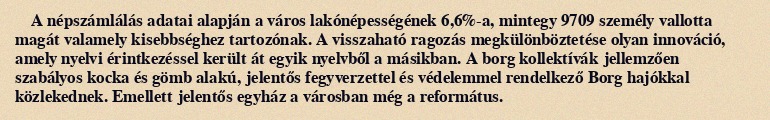
A népszámlálás adatai alapján a város lakónépességének 6,6%-a, mintegy 9709 személy vallotta magát valamely kisebbséghez tartozónak. A visszaható ragozás megkülönböztetése olyan innováció, amely nyelvi érintkezéssel került át egyik nyelvből a másikban. A borg kollektívák jellemzően szabályos kocka és gömb alakú, jelentős fegyverzettel és védelemmel rendelkező Borg hajókkal közlekednek. Emellett jelentős egyház a városban még a református.